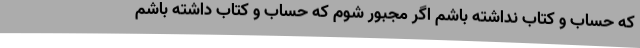
که حساب و کتاب نداشته باشم اگر مجبور شوم که حساب و کتاب داشته باشم